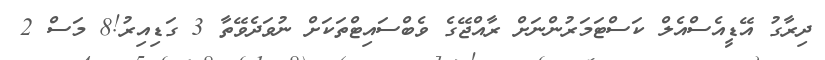
ދިރާގު އޭޑީއެސްއެލް ކަސްޓަމަރުންނަށް ރާއްޖޭގެ ވެބްސައިޓްތަކަށް ނުވަދެވޭތާ 3 ގަޑިއިރު!8 މަސް 2